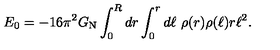
E _ { 0 } = - 1 6 \pi ^ { 2 } G _ { \mathrm { N } } \int _ { 0 } ^ { R } d r \int _ { 0 } ^ { r } d \ell \ \rho ( r ) \rho ( \ell ) r \ell ^ { 2 } .